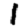
Digit: 1